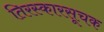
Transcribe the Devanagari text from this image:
तिरस्कारसूचक